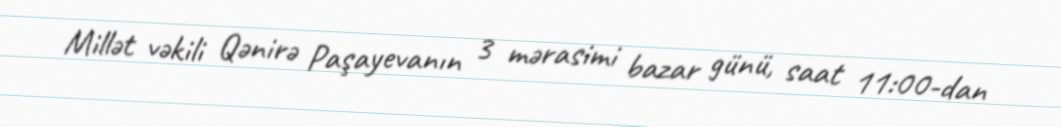
Millət vəkili Qənirə Paşayevanın 3 mərasimi bazar günü, saat 11:00-dan